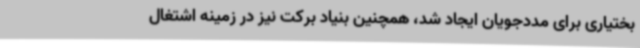
بختیاری برای مددجویان ایجاد شد، همچنین بنیاد برکت نیز در زمینه اشتغال